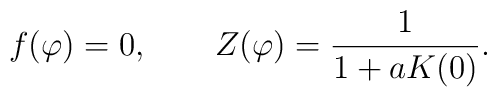
f(\varphi)=0,\qquad Z(\varphi)=\frac{1}{1+aK(0)}.